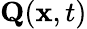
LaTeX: \textbf{Q}({\mathbf x},t)